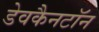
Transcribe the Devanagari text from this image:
डेवकैनटॉन